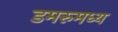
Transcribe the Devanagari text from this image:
डमरुमध्य